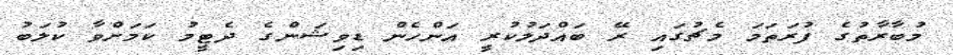
މުބާރާތުގެ ފުރަތަމަ މެޗުގައި ރޭ ބައްދަލުކުރީ އަންހެން ޑިވިޝަންގެ ދެޓީމު ކަމަށްވާ ކުލަބު